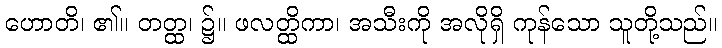
ဟောတိ၊ ၏။ တတ္ထ၊ ၌။ ဖလတ္ထိကာ၊ အသီးကို အလိုရှိ ကုန်သော သူတို့သည်။